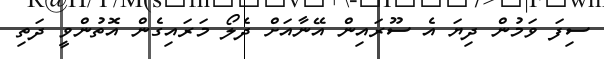
ސިފަ ވަމުން ދިޔަ އެ ސޫރައިން އޭނާއަށް ދެލޯ މަރައިގެން އޮތުންވީ ދަތި